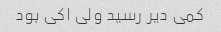
کمی دیر رسید ولی اکی بود